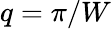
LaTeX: q=\pi/W